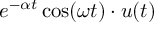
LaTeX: e ^ { - \alpha t } \cos ( \omega t ) \cdot u ( t )